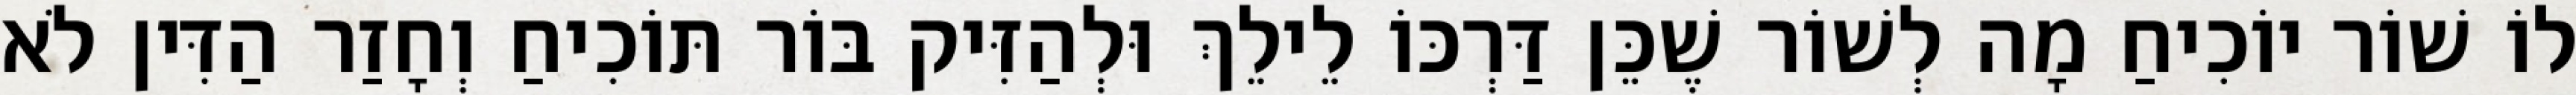
לוֹ שׁוֹר יוֹכִיחַ מָה לְשׁוֹר שֶׁכֵּן דַּרְכּוֹ לֵילֵךְ וּלְהַזִּיק בּוֹר תּוֹכִיחַ וְחָזַר הַדִּין לֹא